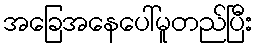
အခြေအနေပေါ်မူတည်ပြီး